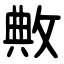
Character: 敟